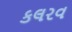
કલરવ